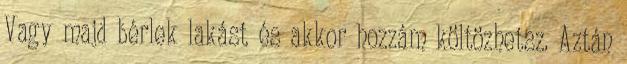
Vagy majd bérlek lakást és akkor hozzám költözhetsz. Aztán